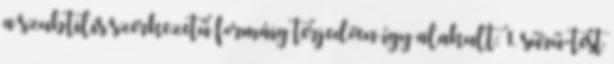
a szubtilis szerkezetű formáig terjedően így alakult: 1. sűrű-test